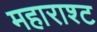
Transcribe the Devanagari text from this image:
महाराश्ट